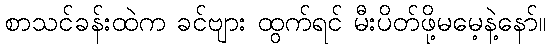
စာသင်ခန်းထဲက ခင်ဗျား ထွက်ရင် မီးပိတ်ဖို့မမေ့နဲ့နော်။